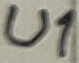
Text: U1